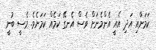
ކަމަށާއި އަދި އެއީ އެންމެނަށް ވެސް އެނގޭ ކަމެއް ކަމަށެވެ. މެސީ ބުނީ